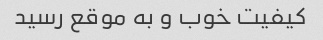
کیفیت خوب و به موقع رسید